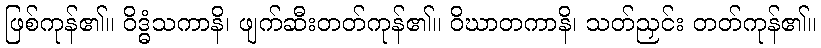
ဖြစ်ကုန်၏။ ဝိဒ္ဓံသကာနိ၊ ဖျက်ဆီးတတ်ကုန်၏။ ဝိဃာတကာနိ၊ သတ်ညှင်း တတ်ကုန်၏။